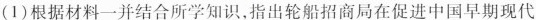
(1)根据材料一并结合所学知识，指出轮船招商局在促进中国早期现代